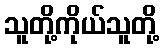
သူတို့ကိုယ်သူတို့